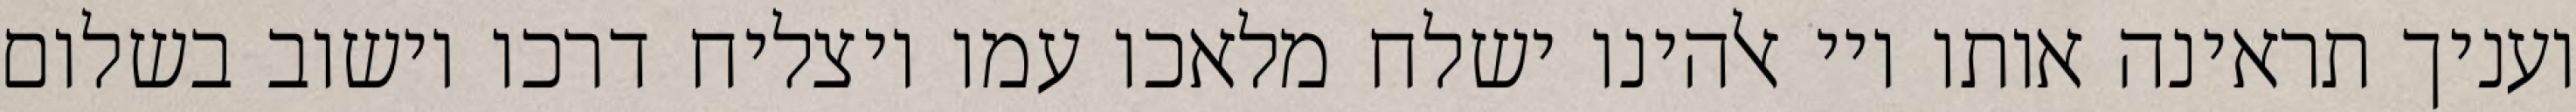
ועניך תראינה אותו ויי אלהינו ישלח מלאכו עמו ויצליח דרכו וישוב בשלום